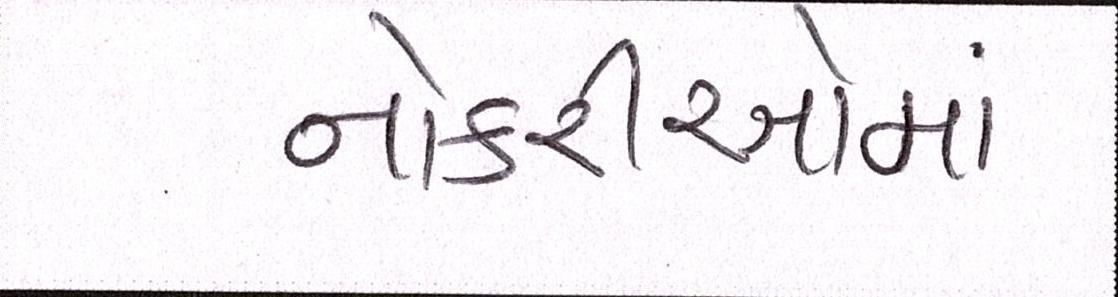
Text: નોકરીઓમાં